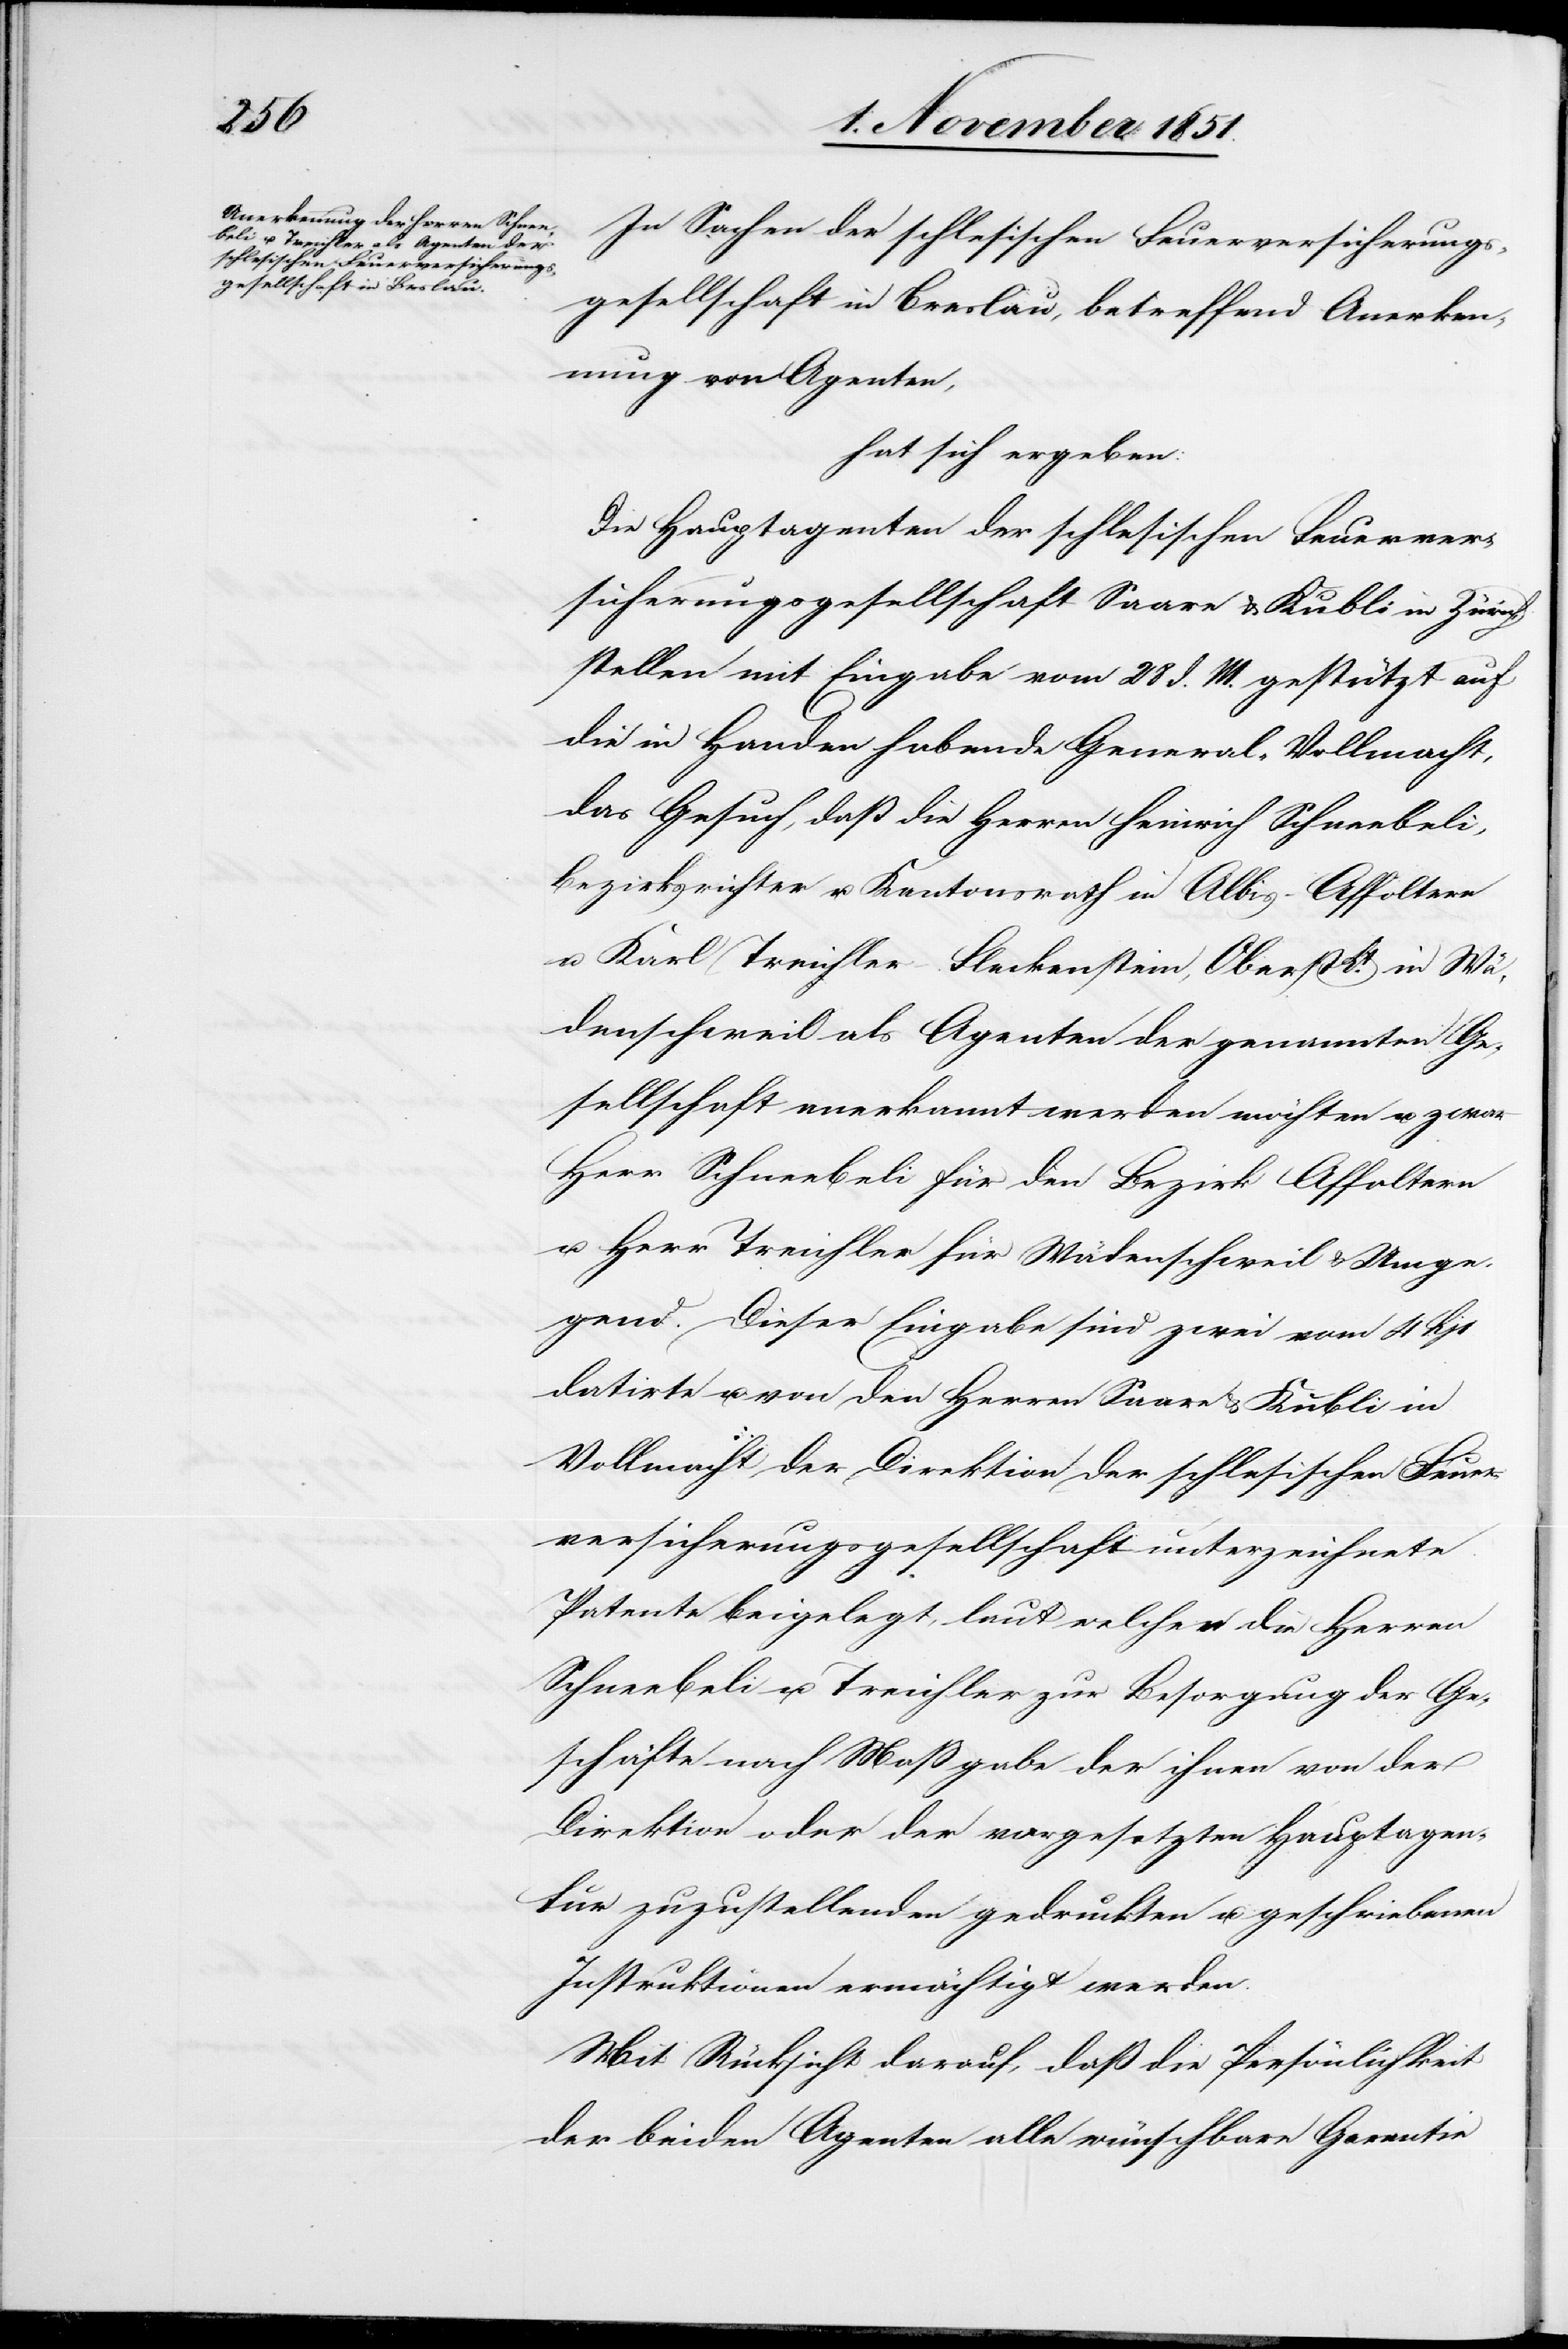
In Sachen der schlesischen Feuerversicherungs¬
gesellschaft in Breslau, betreffend Anerken¬
nung von Agenten,
hat sich ergeben:
Die Hauptagenten der schlesischen Feuerver¬
sicherungsgesellschaft Saare & Kubli in Zürich
stellen mit Eingabe vom 28 d. M. gestützt auf
die in Handen habende General-Vollmacht,
das Gesuch, daß die Herren Heinrich Schneebeli,
Bezirksrichter u. Kantonsrath in Albis-Affoltern
u. Karl Treichler-Fleckenstein, Oberst Lt. in Wä¬
denschweil als Agenten der genannten Ge¬
sellschaft anerkannt werden möchten u. zwar
Herr Schneebeli für den Bezirk Affoltern
u. Herr Treichler für Wädenschweil & Umge¬
gend. Dieser Eingabe sind zwei vom 4 hjs
datirte u. von den Herren Saare & Kubli in
Vollmacht der Direktion der schlesischen Feuer¬
versicherungsgesellschaft unterzeichnete
Patente beigelegt, laut welchen die Herren
Schneebeli u. Treichler zur Besorgung der Ge¬
schäfte nach Maßgabe der ihnen von der
Direktion oder der vorgesetzten Hauptagen¬
tur zuzustellenden gedruckten u. geschriebenen
Instruktionen ermächtigt werden.
Mit Rücksicht darauf, daß die Persönlichkeit
der beiden Agenten alle wünschbare Garantie